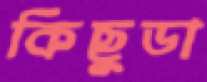
কিছুডা